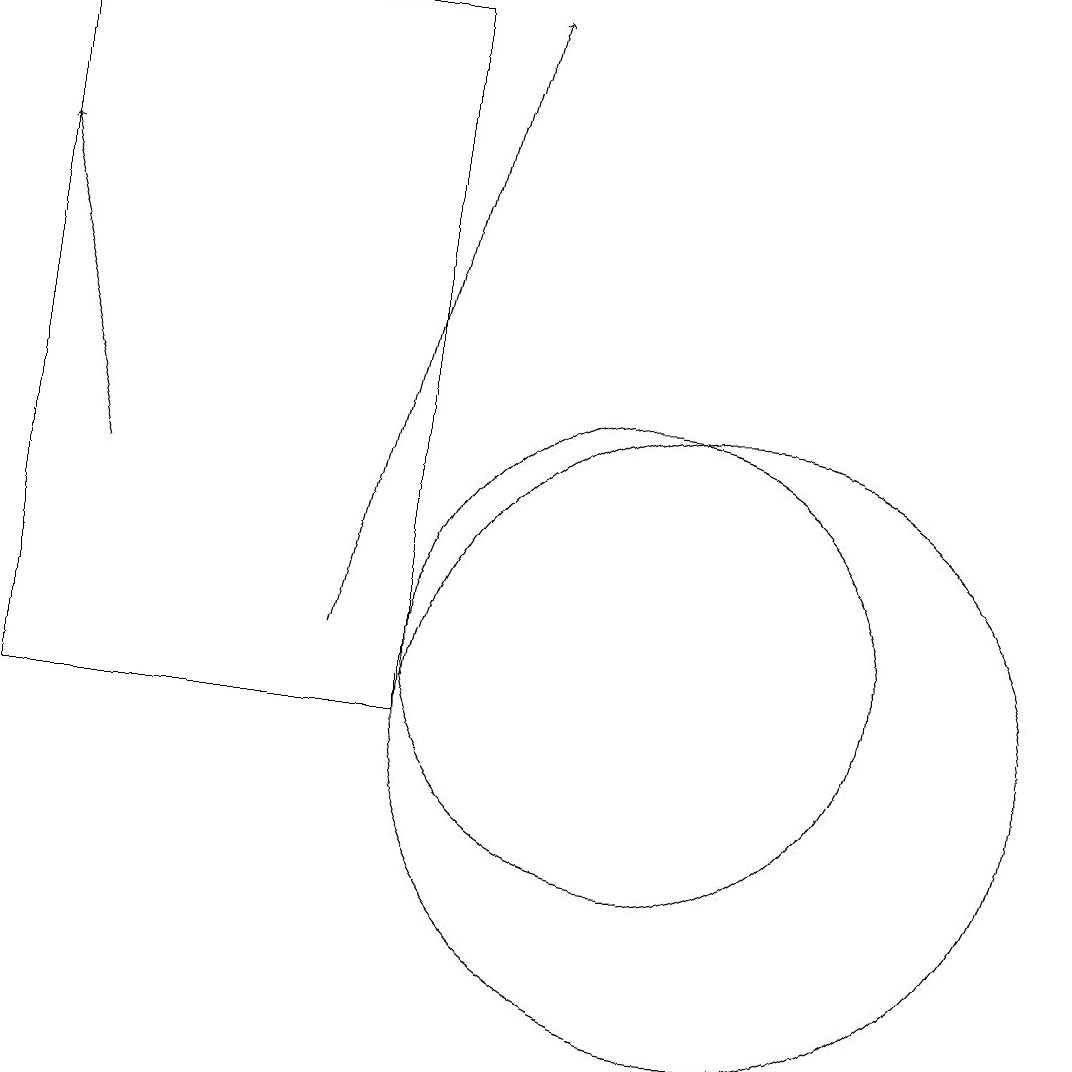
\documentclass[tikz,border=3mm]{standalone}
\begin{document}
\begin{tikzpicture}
\draw (11,10) circle (4);
\draw[->] (6,11) -- (8,19);
\draw[->] (3,13) -- (2,17);
\draw (10,11) circle (3);
\draw (2,10) rectangle (7,19);
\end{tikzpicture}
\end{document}